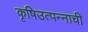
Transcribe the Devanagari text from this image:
कृषिउत्पन्नाची